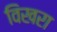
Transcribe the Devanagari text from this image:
विखरा